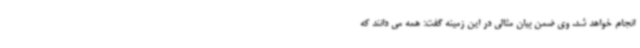
انجام خواهد شد. وی ضمن بیان مثالی در این زمینه گفت: همه می دانند که